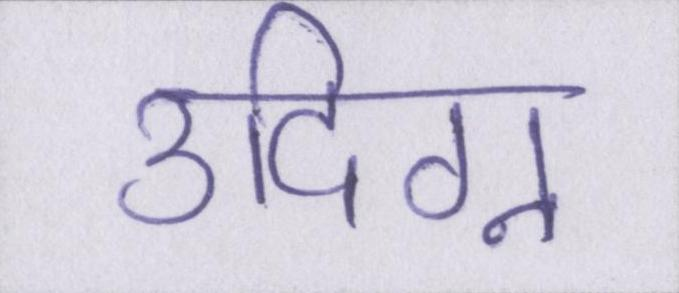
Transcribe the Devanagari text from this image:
उद्विग्न